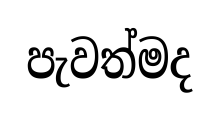
පැවත්මද